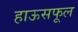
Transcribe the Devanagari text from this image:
हाऊसफूल